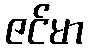
ဇင်မာ